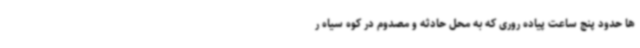
ها حدود پنج ساعت پیاده روری که به محل حادثه و مصدوم در کوه سیاه ر